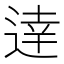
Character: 逹